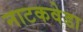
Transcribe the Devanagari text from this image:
नाटकवेडा